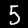
Label: 5